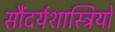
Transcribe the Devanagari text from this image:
सौंदर्यशास्त्रियों